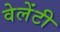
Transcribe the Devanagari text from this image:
वेलेंटी